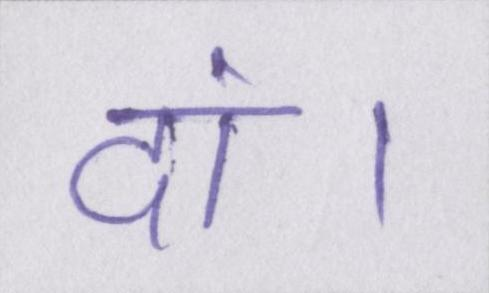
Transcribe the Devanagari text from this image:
दां।